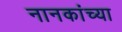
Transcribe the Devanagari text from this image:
नानकांच्या